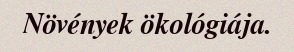
Növények ökológiája.